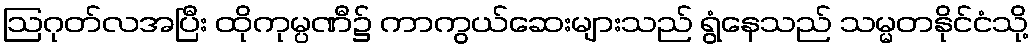
ဩဂုတ်လအပြီး ထိုကုမ္ပဏီ၌ ကာကွယ်ဆေးများသည် ရွံနေသည် သမ္မတနိုင်ငံသို့